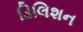
ડિલિશન